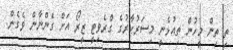
ތި ތިން މީހުން ތިއުޅެނީ މިސަރުކާރުގެ ގްރެވިޓީ ޒީރޯ އަށް ގެންނާން ވެގެން.